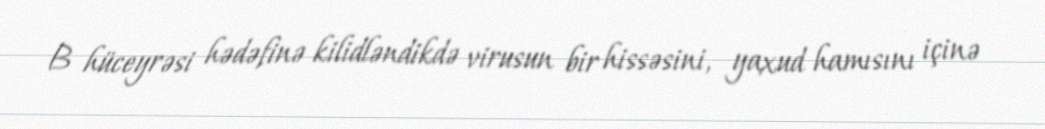
B hüceyrəsi hədəfinə kilidləndikdə virusun bir hissəsini, yaxud hamısını içinə